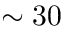
\sim 3 0